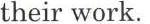
their work.